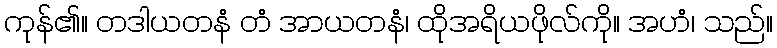
ကုန်၏။ တဒါယတနံ တံ အာယတနံ၊ ထိုအရိယဖိုလ်ကို။ အဟံ၊ သည်။